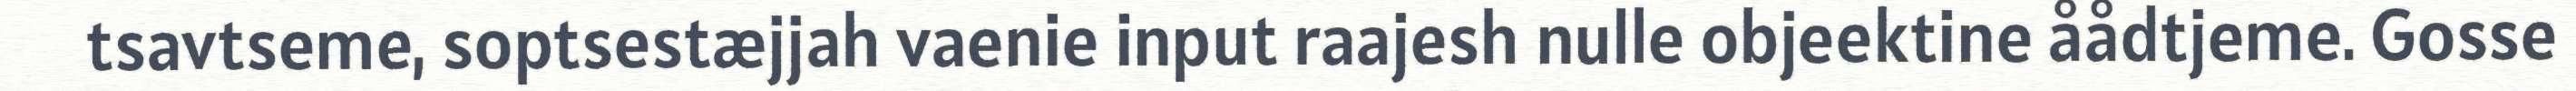
tsavtseme, soptsestæjjah vaenie input raajesh nulle objeektine åådtjeme. Gosse